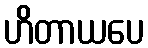
ဟိတာယပေ